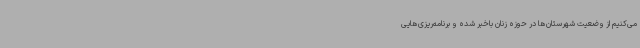
می‌کنیم از وضعیت شهرستان‌ها در حوزه زنان باخبر شده و برنامه‌ریزی‌هایی